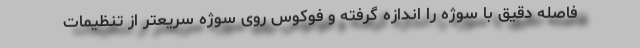
فاصله دقیق با سوژه را اندازه گرفته و فوکوس روی سوژه سریعتر از تنظیمات